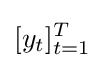
[y_{t}]_{t=1}^{T}